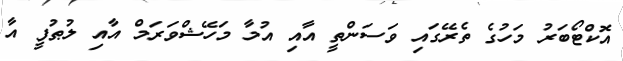
އޮކްޓޯބަރު މަހުގެ ތެރޭގައި ވަސަންތީ އާއި އުމާ މަހޭޝްވަރަމް އާއި ލުޠުފީ އާ